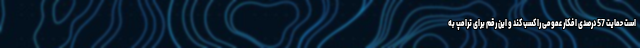
است حمایت 57 درصدی افکار عمومی را کسب کند و این رقم برای ترامپ به